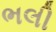
ભલી